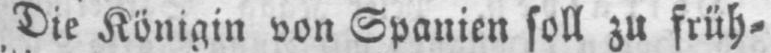
Die Königin von Spanien soll zu früh⸗